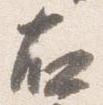
右